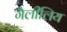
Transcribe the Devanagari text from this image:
गैलीलिय